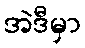
အဲဒီမှာ